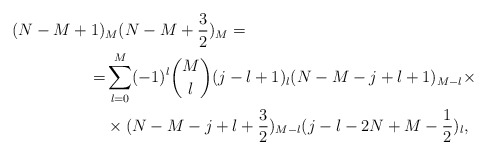
\begin{align*} (N-M+1)&_M(N-M+\frac{3}{2})_{M}=\\ =&\sum_{l=0}^M(-1)^{l}{M\choose l}(j-l+1)_l(N-M-j+l+1)_{M-l}\times\\ &\times (N-M-j+l+\frac{3}{2})_{M-l}(j-l-2N+M-\frac{1}{2})_{l}, \end{align*}